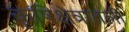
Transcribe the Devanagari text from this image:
कृषिक्षेत्रातली